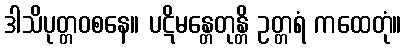
ဒါသိပုတ္တဝစနေ။ ပဋိမန္တေတုန္တိ ဥတ္တရံ ကထေတုံ။